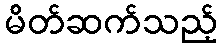
မိတ်ဆက်သည့်